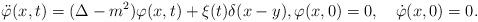
LaTeX: \begin{align*}\ddot{\varphi}(x,t)= (\Delta-m^2) \varphi(x,t) +\xi(t)\delta(x-y),\varphi(x,0) = 0,\quad\dot\varphi(x,0)=0.\end{align*}